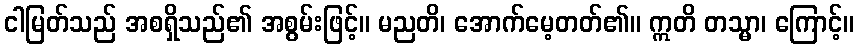
ငါမြတ်သည် အစရှိသည်၏ အစွမ်းဖြင့်။ မညတိ၊ အောက်မေ့တတ်၏။ ဣတိ တသ္မာ၊ ကြောင့်။